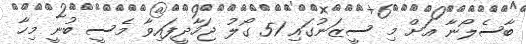
ބާސެލޯނާ އަށް މި ސީޒަނުގައި 51 ގޯލު ޖަހާދީފައިވާ މެސީ ބުނީ މިހާ